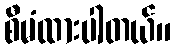
စီမံထားပါတယ်။